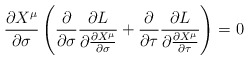
\begin{align*}\frac{\partial X^\mu}{\partial \sigma}\left(\frac{\partial}{\partial \sigma}\frac{\partial L}{\partial \frac{\partial X^\mu}{\partial \sigma}}+\frac{\partial}{\partial \tau}\frac{\partial L}{\partial \frac{\partial X^\mu}{\partial \tau}}\right)=0\end{align*}